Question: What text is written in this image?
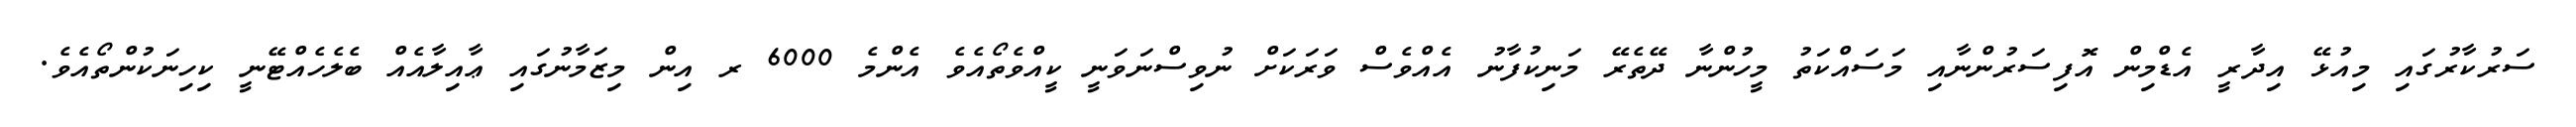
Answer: ސަރުކާރުގައި މިއުޅޭ އިދާރީ އެޑްމިން އޮފިސަރުންނާއި މަސައްކަތު މީހުންނާ ދޭތެރޭ މަނިކުފާނު އެއްވެސް ވަރަކަށް ނުވިސްނަވަނީ ކީއްވެތޯއެވެ އެންމެ 6000 ރ އިން މިޒަމާނުގައި ޢާއިލާއެއް ބެލެހެއްޓޭނީ ކިހިނަކުންތޯއެވެ.